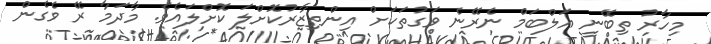
މިހާރު ތިބޭނީ އަލްބަމް ނެރޭނެ ވަގުތަކަށް އިންތިޒާރުކޮށްލަ ކޮށްލައެވެ. މާދަމާ ރޭ ވެގެން